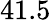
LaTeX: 41.5